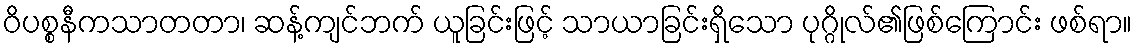
ဝိပစ္စနီကသာတတာ၊ ဆန့်ကျင်ဘက် ယူခြင်းဖြင့် သာယာခြင်းရှိသော ပုဂ္ဂိုလ်၏ဖြစ်ကြောင်း ဖစ်ရာ။